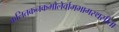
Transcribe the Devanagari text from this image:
कलितकनकमौलेर्वामभागस्थसीता